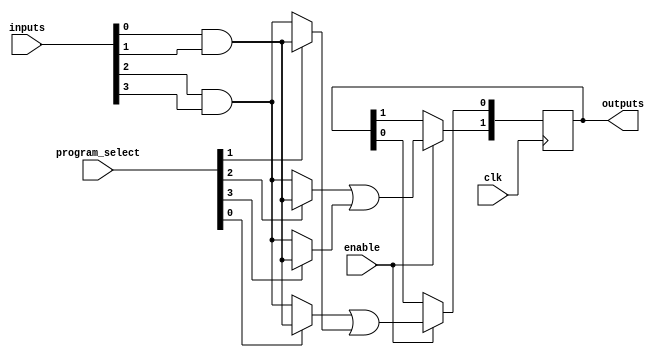
module FusedPAL (
    input wire [N-1:0] inputs,          // Input lines (N inputs)
    input wire [M-1:0] program_select,  // Programming select lines for AND gates
    input wire clk,                      // Clock signal
    input wire enable,                   // Enable signal for operation
    output reg [P-1:0] outputs          // Output lines (P outputs)
);

parameter N = 8; // Number of inputs
parameter M = 4; // Number of programmable AND gates
parameter P = 2; // Number of fixed OR gates

// Internal signals for AND gate outputs
wire [M-1:0] and_outputs;

// Programmable AND gates
genvar i;
generate
    for (i = 0; i < M; i = i + 1) begin : and_gates
        assign and_outputs[i] = (program_select[i] == 1'b1) ? 
            (inputs[0] & inputs[1]) : // Example fixed connections
            (inputs[2] & inputs[3]);   // Modify as needed for programmability
    end
endgenerate

// Fixed OR gates
always @(posedge clk) begin
    if (enable) begin
        outputs[0] <= and_outputs[0] | and_outputs[1]; // OR gate 1
        outputs[1] <= and_outputs[2] | and_outputs[3]; // OR gate 2
    end
end

endmodule